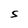
Character: S